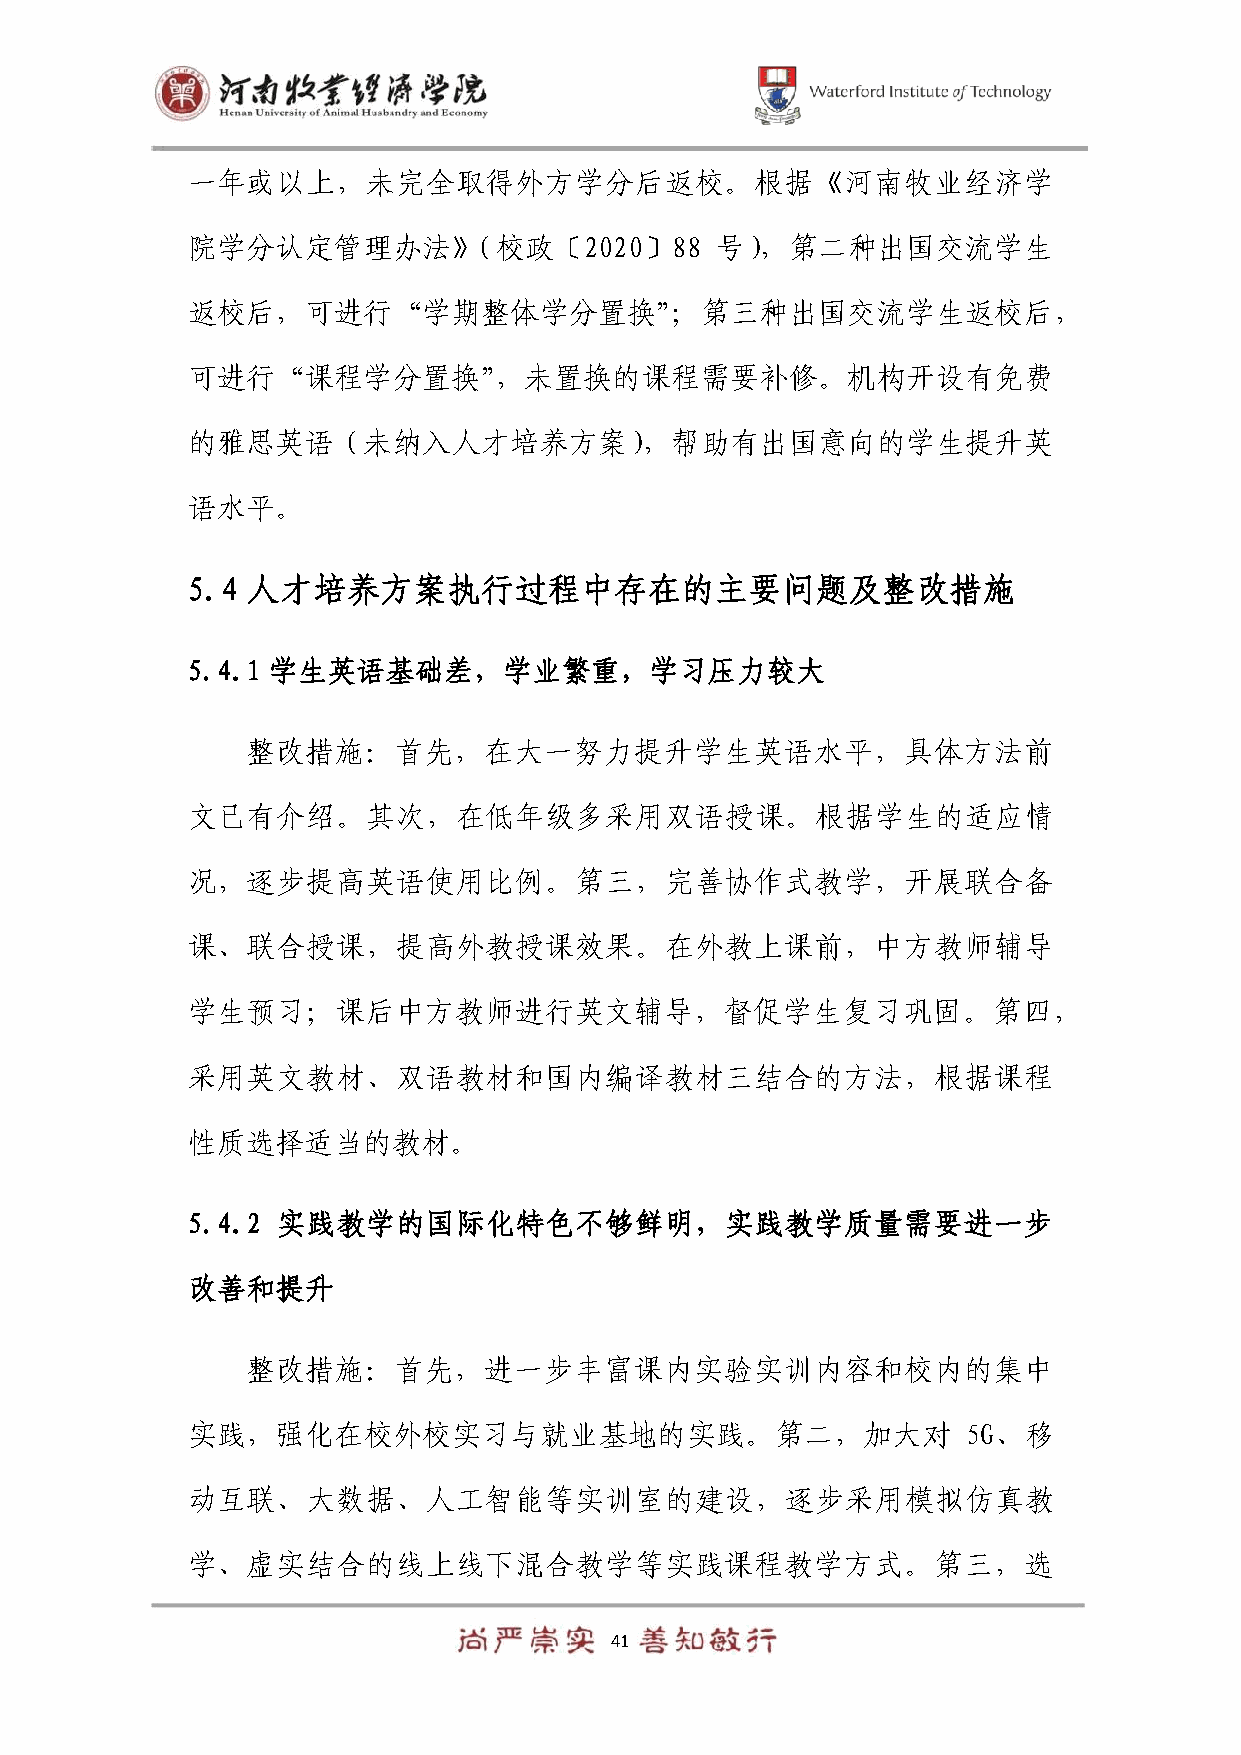
一年或以上，未完全取得外方学分后返校。根据《河南牧业经济学
 院学分认定管理办法》（校政〔2020〕88              号），第二种出国交流学生
 返校后，可进行“学期整体学分置换”；第三种出国交流学生返校后，
 可进行“课程学分置换”，未置换的课程需要补修。机构开设有免费
 的雅思英语（未纳入人才培养方案），帮助有出国意向的学生提升英
 语水平。
 5.4 人才培养方案执行过程中存在的主要问题及整改措施
 5.4.1 学生英语基础差，学业繁重，学习压力较大
 整改措施：首先，在大一努力提升学生英语水平，具体方法前
 文已有介绍。其次，在低年级多采用双语授课。根据学生的适应情
 况，逐步提高英语使用比例。第三，完善协作式教学，开展联合备
 课、联合授课，提高外教授课效果。在外教上课前，中方教师辅导
 学生预习；课后中方教师进行英文辅导，督促学生复习巩固。第四，
 采用英文教材、双语教材和国内编译教材三结合的方法，根据课程
 性质选择适当的教材。
 5.4.2 实践教学的国际化特色不够鲜明，实践教学质量需要进一步
 改善和提升
 整改措施：首先，进一步丰富课内实验实训内容和校内的集中
 实践，强化在校外校实习与就业基地的实践。第二，加大对                          5G、移
 动互联、大数据、人工智能等实训室的建设，逐步采用模拟仿真教
 学、虚实结合的线上线下混合教学等实践课程教学方式。第三，选
 41